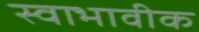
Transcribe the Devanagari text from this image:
स्वाभावीक